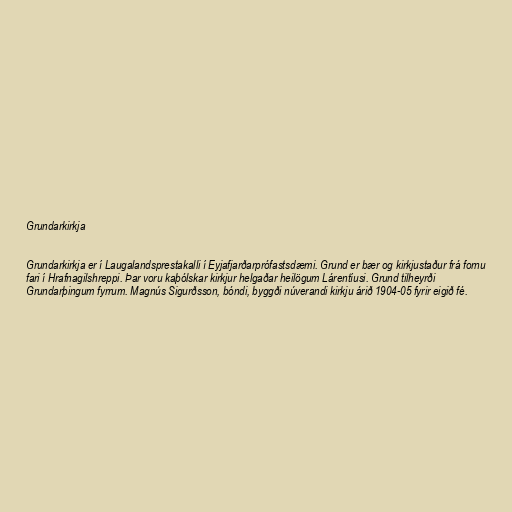
Grundarkirkja

Grundarkirkja er í Laugalandsprestakalli í Eyjafjarðarprófastsdæmi. Grund er bær og kirkjustaður frá fornu
fari í Hrafnagilshreppi. Þar voru kaþólskar kirkjur helgaðar heilögum Lárentíusi. Grund tilheyrði
Grundarþingum fyrrum. Magnús Sigurðsson, bóndi, byggði núverandi kirkju árið 1904-05 fyrir eigið fé.